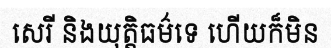
សេរី និងយុត្តិធម៌ទេ ហើយក៏មិន